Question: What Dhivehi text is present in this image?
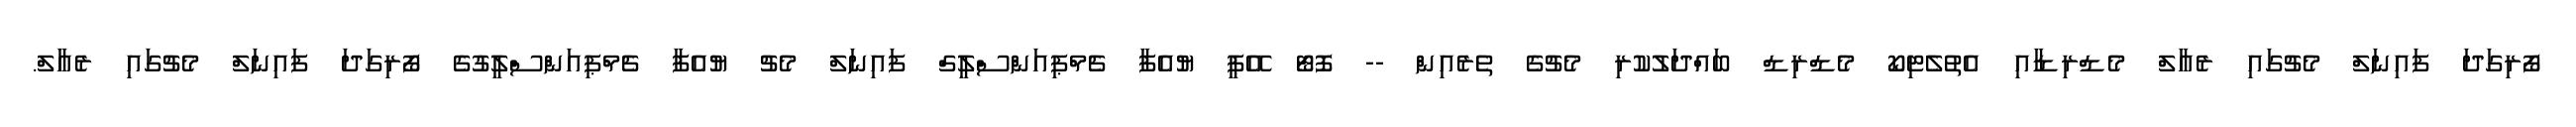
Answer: ފޯރިގަދަ ފައިނަލް މެޗުގައި ރެއާލް މެޑްރިޑާއި އެތުލެޓިކޯ މެޑްރިޑް ބައްދަލުކުރި މެޗުގެ ތެރެއިން -- ފޮޓޯ އޭޕީ ޔުއެފާ ޗެމްޕިއަންސްލީގް ފައިނަލް މެޗު ޔުއެފާ ޗެމްޕިއަންސްލީގުގެ ފޯރިގަދަ ފައިނަލް މެޗުގައި ރެއާލް.